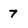
Character: 7